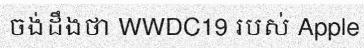
ចង់ដឹងថា WWDC19 របស់ Apple